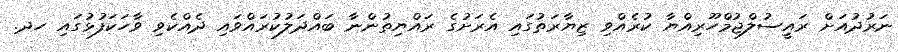
ނަރުދުއަށް ރައީސުލްޖުމްހޫރިއްޔާ ކުރެއްވި ޒިޔާރަތުގައި އެރަށުގެ ރައްޔިތުންނާ ބައްދަލުކުރައްވައި ދެއްކެވި ވާހަކަފުޅުގައި ހދ.